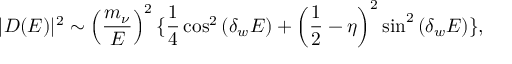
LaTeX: | D ( E ) | ^ { 2 } \sim \left( \frac { m _ { \nu } } { E } \right) ^ { 2 } \{ \frac { 1 } { 4 } \cos ^ { 2 } \left( \delta _ { w } E \right) + \left( \frac { 1 } { 2 } - \eta \right) ^ { 2 } \sin ^ { 2 } \left( \delta _ { w } E \right) \} ,